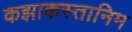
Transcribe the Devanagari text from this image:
कझाकस्तानिम